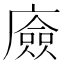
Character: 㢛